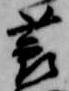
蓑